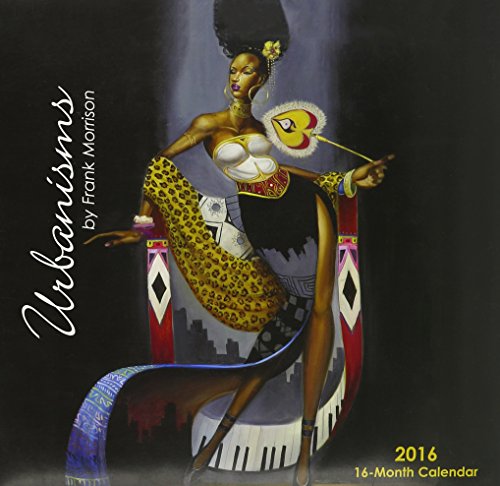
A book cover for Urbanism by Frank Morrison 2016 Calendar; Calendars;